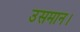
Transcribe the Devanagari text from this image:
उसमान।